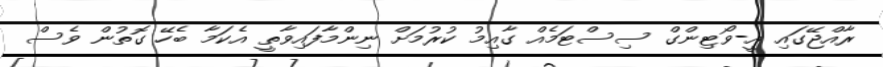
ރާއްޖޭގައި އީ-ވޯޓިންގް ސިސްޓަމެއް ގާއިމު ކުރުމަށް ނިންމާފައިވާތީ އެކަމާ ބެހޭ ގޮތުން ވެސް